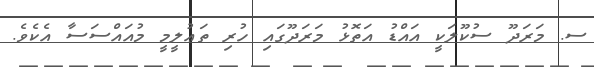
ސ. މަރަދޫ ސުކޫލަކީ އައްޑު އަތޮޅު މަރަދޫގައި ހުރި ތަޢުލީމީ މުއައްސަސާ އެކެވެ.